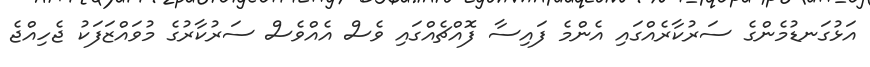
އަޅުގަނޑުމެންގެ ސަރުކާރެއްގައި އެންމެ ފައިސާ ފޮއްޗެއްގައި ވެސް އެއްވެސް ސަރުކާރުގެ މުވައްޒަފަކު ޖެހިއްޖެ